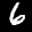
Digit: 6